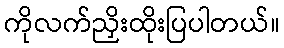
ကိုလက်ညှိးထိုးပြပါတယ်။